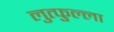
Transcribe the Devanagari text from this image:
लुत्फुल्ला